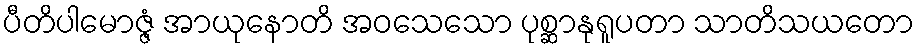
ပီတိပါမောဇ္ဇံ အာယုနောတိ အဝသေသော ပုစ္ဆာနုရူပတာ သာတိသယတော